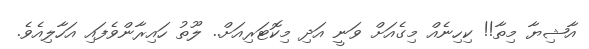
އާޝިޔާ މިތާ!! ކިހިނެއް މިގެއަށް ވަނީ އަދި މިކޮޓަރިއަށް.. ލޫތު ހައިރާންވެފައި އަހާލިއެވެ.